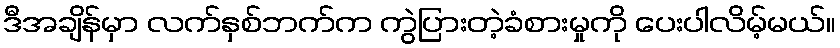
ဒီအချိန်မှာ လက်နှစ်ဘက်က ကွဲပြားတဲ့ခံစားမှုကို ပေးပါလိမ့်မယ်။